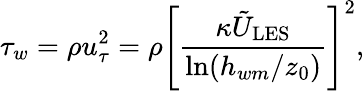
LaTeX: \tau_{w}=\rho u_{\tau}^{2}=\rho\left[\frac{\kappa\tilde{U}_{\mathrm{LES}}}{\ln(h_{wm}/z_{0})}\right]^{2},